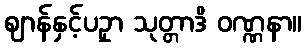
ဈာန်နှင့်ပဥှာ သုတ္တာဒိ ဝဏ္ဏနာ။